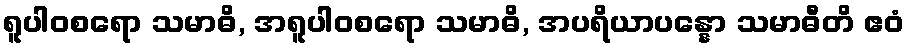
ရူပါဝစရော သမာဓိ, အရူပါဝစရော သမာဓိ, အပရိယာပန္နော သမာဓီတိ ဧဝံ